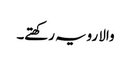
والا رویہ رکھتے۔